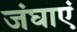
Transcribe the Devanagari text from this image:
जंघाएं